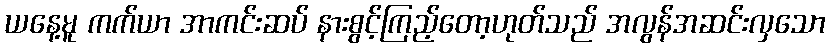
ယနေ့မူ ကက်ယာ အာကင်းဆပ် နားစွင့်ကြည့်တော့ဟုတ်သည် အလွန်အဆင်းလှသော